Annual administration report of the Civil Veterinary Department of India - 1896-1897
Year: 1896
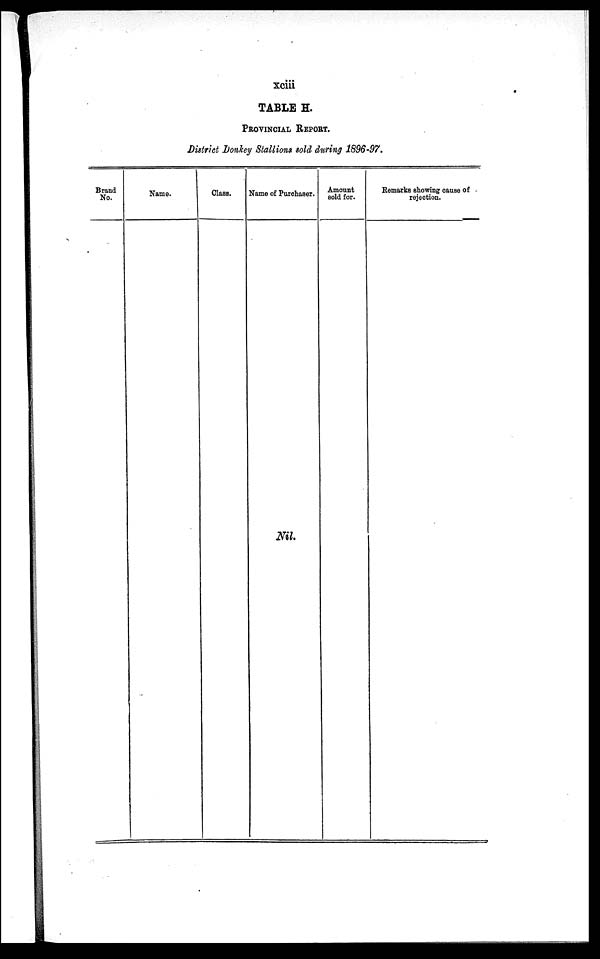
xciii
TABLE H.
PROVINCIAL REPORT.
District Donkey Stallions sold during 1896-97.
Brand
No.
Name.
Class.
Name of Purchaser.
Nil.
Amount
sold for.
Remarks showing cause of
rejection.